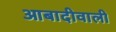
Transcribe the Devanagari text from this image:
आबादीवाली